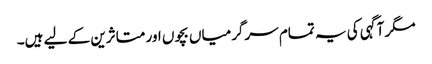
مگر آگہی کی یہ تمام سرگرمیاں بچوں اور متاثرین کے لیے ہیں۔